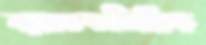
ব্যাংককভিত্তিক